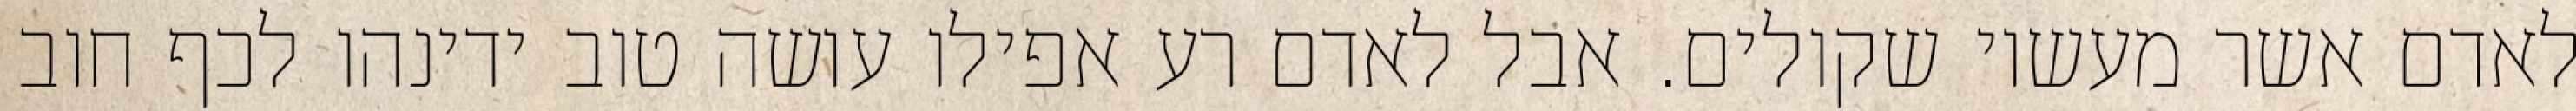
לאדם אשר מעשיו שקולים. אבל לאדם רע אפילו עושה טוב ידינהו לכף חוב